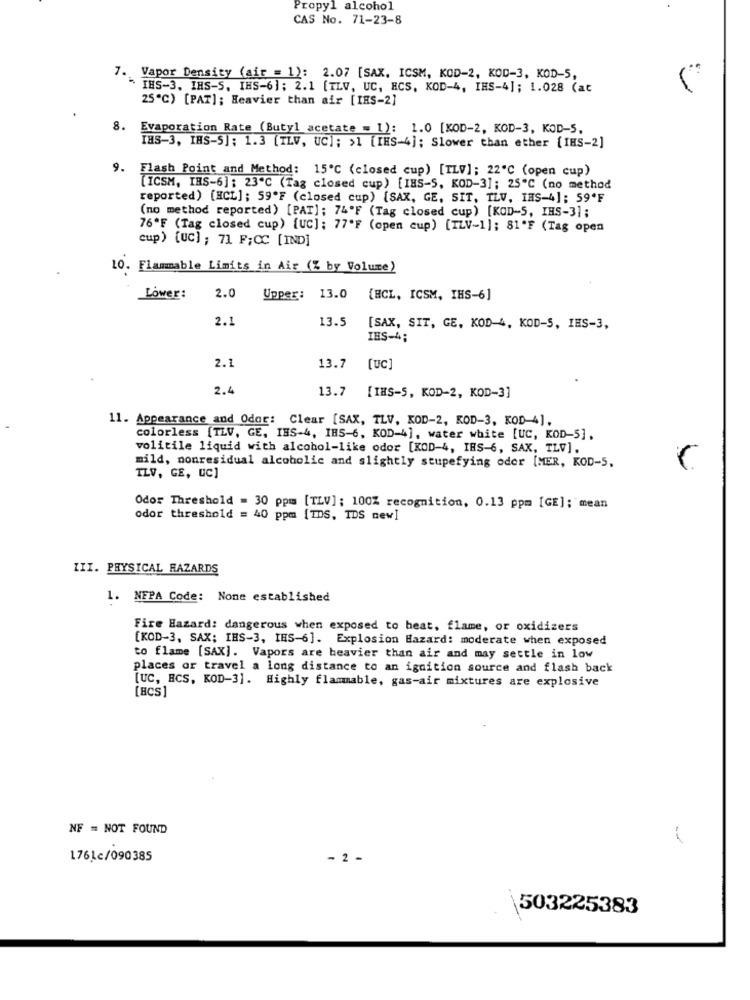
Propyl alcohol
CAS No. 71-23-8
7. Vapor Density (air = 1): 2.07 [SAX. ICSM, KOD-2, KOD-3, KOD-5,
IHS-3. IHS-S. IHS-6]; 2.1 [TLV, UC, ECS. KOD-4, INS-4]; 1.028 (at
25℃) [PAT]; Heavier than air [IRS-2]
8.
Evaporation Rate (Butyl acetate = 1): 1.0 [KOD-2, KOD-3, KOD-5,
IHS-3, IHS-S]: 1.3 (TLV, UC]; >1 [IHS-4]; Slower than ether [IHS-2]
9. Flash Point and Method: 15℃ (closed cup) [ILV]; 22"℃ (open cup)
[ICSM, IHS-6] : 23"℃ (Tag closed cup) [IBS-S. KOD-3]; 25℃ (no method
reported) [HCL]; 59'F (closed cup) [SAX, GE, SIT, TLV. IHS-4]; 59'F
(no method reported) [PAT]; 74ºF (Tag closed cup) [KOD-5, IHS-3];
76*F (Tag closed cup) [uc]; 77'F (open cup) [TLV-1]; 81'F (Tag open
cup) [uc] ; 71 F;CC [IND]
10. Flammable Limits in Air (% by Volume)
Lower:
2.0
Upper: 13.0
{HCL, ICSM, IHS-6]
2.1
13.5
[SAX, SIT, GE, KOD-4, KOD-5, IES-3,
IES-4;
2.1
13.7
[Uc]
2.4
13.7
[IHS-5, KOD-2, KOD-3]
11. Appearance and Odor: Clear [SAX, TLV. KOD-2, KOD-3, KOD-4].
colorless [TLV, GE, IBS-4, IBS-6, KOD-4], water white [UC, KOD-5].
volitile liquid with alcohol-like odor [KOD-4, IES-6, SAX, TLV].
mild, nonresidual alcoholic and slightly stupefying oder [MER, KOD-5,
TLV, GE, UC]
Odor Threshold = 30 ppm [TLV]; 100% recognition, 0.13 ppm [GE]; mean
odor threshold = 40 ppm [IDS, IDS new]
III. PHYSICAL HAZARDS
1. NEPA Code: None established
Fire Hazard: dangerous when exposed to heat, flame, or oxidizers
[KOD-3, SAX; IHS-3, IHS-6]. Explosion Bazard: moderate when exposed
to flame [SAX]. Vapors are heavier than air and may settle in low
places or travel a long distance to an ignition source and flash back
[BCS]
[UC, ECS, KOD-3]. Highly flammable, gas-air mixtures are explosive
NF = NOT FOUND
-
1761c/090385
- 2 -
503225383